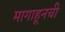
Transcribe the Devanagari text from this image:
मागाहूनची